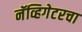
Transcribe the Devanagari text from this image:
नॅव्हिगेटरचा